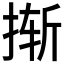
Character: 𰓼